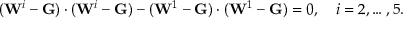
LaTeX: ( \mathbf { W } ^ { i } - \mathbf { G } ) \cdot ( \mathbf { W } ^ { i } - \mathbf { G } ) - ( \mathbf { W } ^ { 1 } - \mathbf { G } ) \cdot ( \mathbf { W } ^ { 1 } - \mathbf { G } ) = 0 , \quad i = 2 , \ldots , 5 .